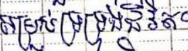
សម្រាប់ទ្រទ្រង់ជីវិត